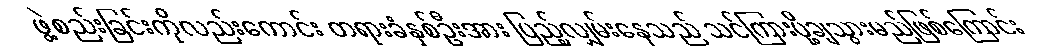
ဖွဲ့စည်းခြင်းကိုလည်းကောင်း တရားခံနှစ်ဦးအား ပြည့်လျှမ်းနေသည် သင်ကြားပို့ချသွားမည်ဖြစ်ကြောင်း